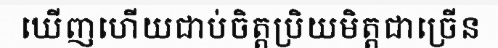
ឃើញហើយជាប់ចិត្តប្រិយមិត្តជាច្រើន